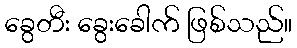
ခွေတီး ခွေးခေါက် ဖြစ်သည်။